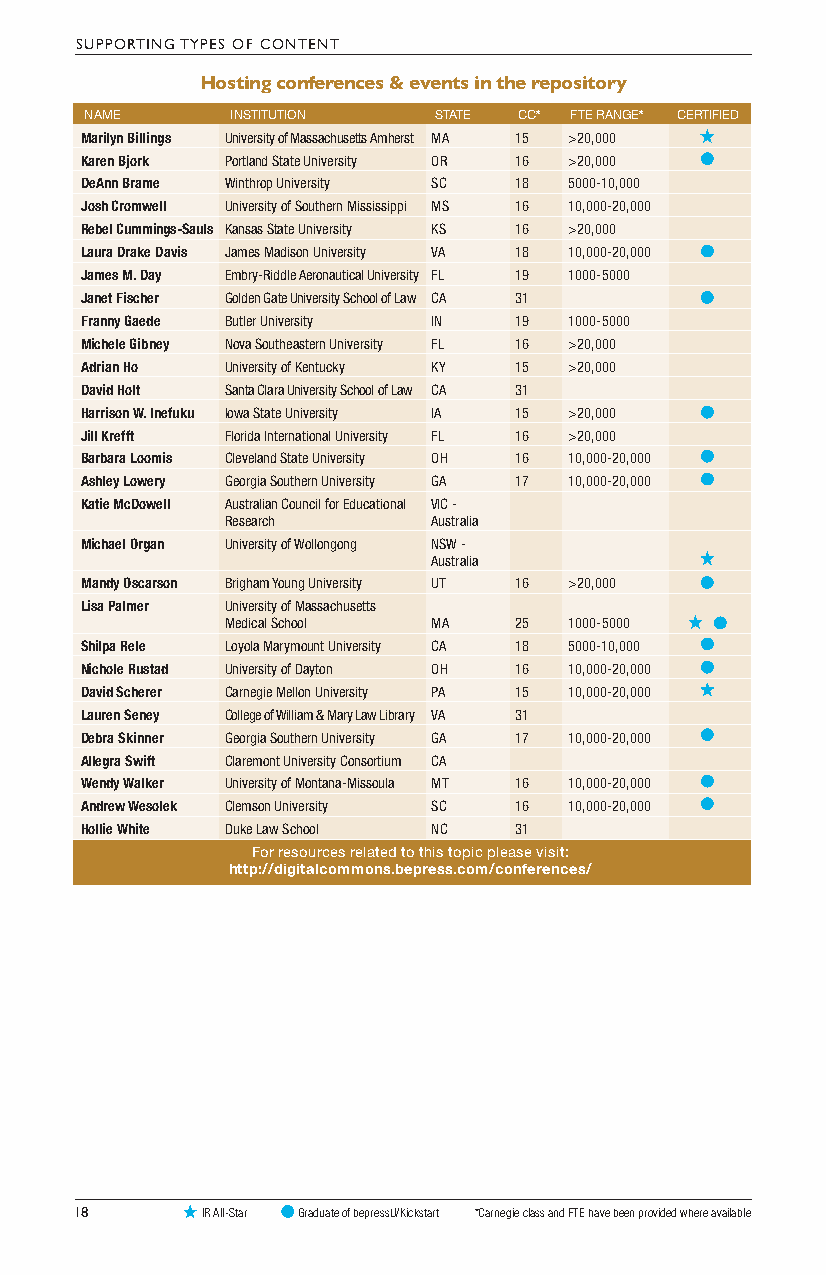
SUPPORTING TYPES OF CONTENT
 Hosting conferences & events in the repository
 NAME     INSTITUTION   STATE CC* FTE RANGE* CERTIFIED
 Marilyn Billings University of Massachusetts Amherst MA 15 >20,000
 Karen Bjork Portland State University OR 16 >20,000
 DeAnn Brame Winthrop University SC 18 5000-10,000
 Josh Cromwell University of Southern Mississippi MS 16 10,000-20,000
 Rebel Cummings-Sauls Kansas State University KS 16 >20,000
 Laura Drake Davis James Madison University VA 18 10,000-20,000
 James M. Day Embry-Riddle Aeronautical University FL 19 1000-5000
 Janet Fischer Golden Gate University School of Law CA 31
 Franny Gaede Butler University IN 19 1000-5000
 Michele Gibney Nova Southeastern University FL 16 >20,000
 Adrian Ho University of Kentucky KY 15 >20,000
 David Holt Santa Clara University School of Law CA 31
 Harrison W. Inefuku Iowa State University IA 15 >20,000
 Jill Krefft Florida International University FL 16 >20,000
 Barbara Loomis Cleveland State University OH 16 10,000-20,000
 Ashley Lowery Georgia Southern University GA 17 10,000-20,000
 Katie McDowell Australian Council for Educational VIC -
 Research      Australia
 Michael Organ University of Wollongong NSW -
 Australia
 Mandy Oscarson Brigham Young University UT 16 >20,000
 Lisa Palmer University of Massachusetts
 Medical School MA  25  1000-5000
 Shilpa Rele Loyola Marymount University CA 18 5000-10,000
 Nichole Rustad University of Dayton OH 16 10,000-20,000
 David Scherer Carnegie Mellon University PA 15 10,000-20,000
 Lauren Seney College of William & Mary Law Library VA 31
 Debra Skinner Georgia Southern University GA 17 10,000-20,000
 Allegra Swift Claremont University Consortium CA
 Wendy Walker University of Montana-Missoula MT 16 10,000-20,000
 Andrew Wesolek Clemson University SC 16 10,000-20,000
 Hollie White Duke Law School NC 31
 For resources related to this topic please visit:
 http://digitalcommons.bepress.com/conferences/
 18      IR All-Star Graduate of bepressU/Kickstart *Carnegie class and FTE have been provided where available